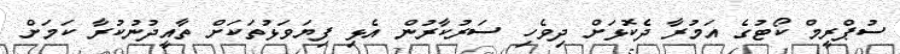
ސުޕްރީމް ކޯޓުގެ އަމުރާ ދެކޮޅަށް ދިވެހި ސަރުކާރުން އެޅި ފިޔަވަޅުތަކަށް ތާއީދުނުކުރާ ކަމަށް